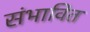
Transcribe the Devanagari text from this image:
संभावित